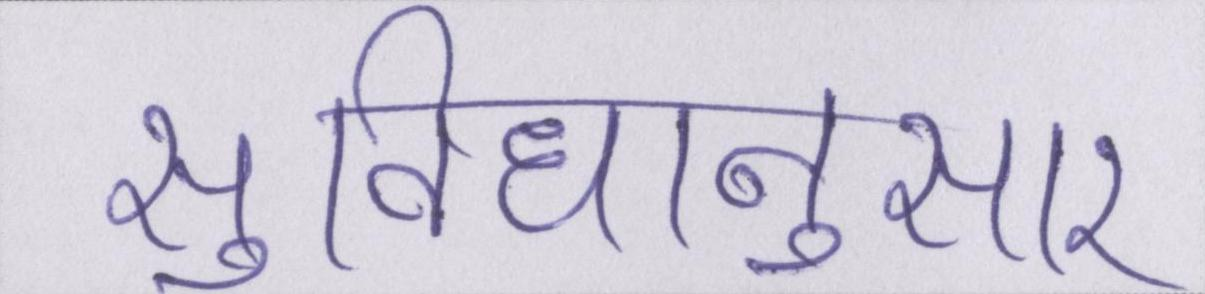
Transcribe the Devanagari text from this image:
सुविधानुसार